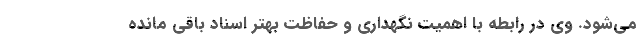
می‌شود. وی در رابطه با اهمیت نگهداری و حفاظت بهتر اسناد باقی مانده